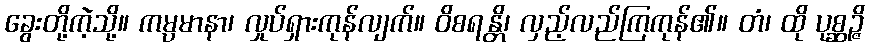
ခွေးတို့ကဲ့သို့။ ကမ္ပမာနာ၊ လှုပ်ရှားကုန်လျက်။ ဝိစရန္တိ၊ လှည့်လည်ကြကုန်၏။ တံ၊ ထို ပုစ္ဆဉ္ဇိ